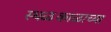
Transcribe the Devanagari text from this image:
स्थळकाळाच्या